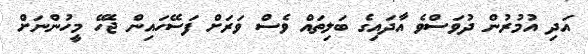
އަދި އުމުރުން ދުވަސްވެ އާދައިގެ ބަލިތައް ވެސް ވަރަށް ފަސޭހައިން ޖެހޭ މީހުންނަށް